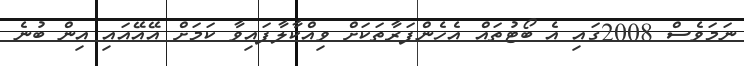
ނަމަވެސް 2008ގައި އެ ބޯޓުތައް އެހެންފަރާތަކަށް ވިއްކާލާފައިވާ ކަމަށް އޭއޭއައި އިން ބުނެ